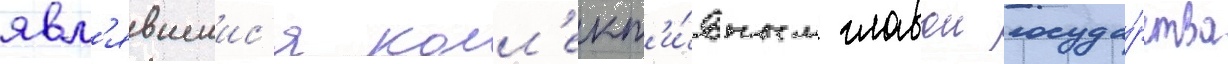
явл'явшиис'я колл'ект'и́вным главои госуда́рства